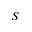
S